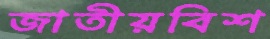
জাতীয়বিশ